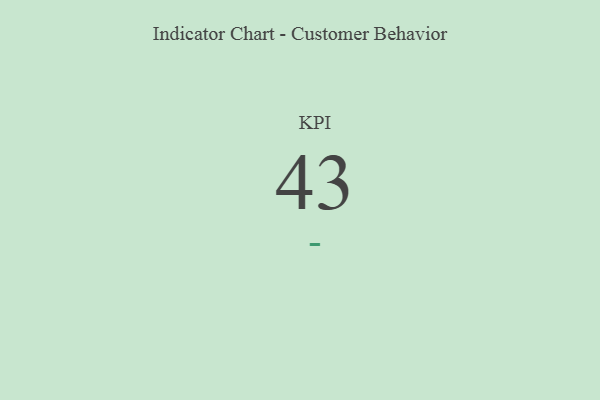
{"axis": {"x": "KPI", "y": "Value"}, "legend": [""], "data": [{"x": "KPI", "y": 43, "type": ""}]}